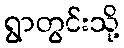
ရွာတွင်းသို့